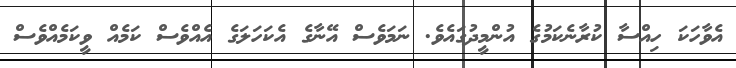
އެވާހަކަ ހިއްސާ ކުރާނެކަމުގެ އުންމީދުގައެވެ. ނަމަވެސް އޭނާގެ އެކަހަލަގެ އެއްވެސް ކަމެއް ވީކަމެއްވެސް